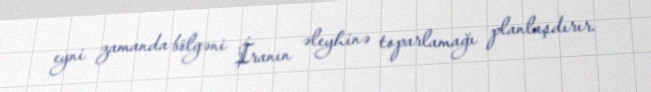
eyni zamanda bölgəni İranın əleyhinə toparlamağı planlaşdırır.